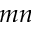
m n